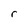
Character: r